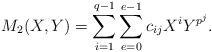
LaTeX: \begin{align*} M_2(X,Y)=\sum_{i=1}^{q-1}\sum_{e=0}^{e-1} c_{ij} X^i Y^{p^j}.\end{align*}